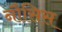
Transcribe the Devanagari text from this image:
नौसिस